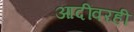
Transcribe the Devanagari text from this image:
आदींवरही